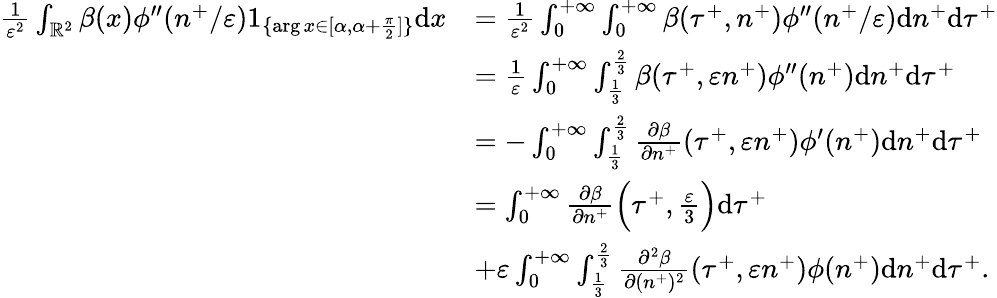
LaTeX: \begin{array}{rl}{\frac{1}{\varepsilon^{2}}\int_{\mathbb{R}^{2}}\beta(x)\phi^{\prime\prime}(n^{+}/\varepsilon)1_{\{ \arg x\in[\alpha,\alpha+\frac{\pi}{2}]\} }\textrm{d}x}&{=\frac{1}{\varepsilon^{2}}\int_{0}^{+\infty}\int_{0}^{+\infty}\beta(\tau^{+},n^{+})\phi^{\prime\prime}(n^{+}/\varepsilon)\textrm{d}n^{+}\textrm{d}\tau^{+}}\\ &{=\frac{1}{\varepsilon}\int_{0}^{+\infty}\int_{\frac{1}{3}}^{\frac{2}{3}}\beta(\tau^{+},\varepsilon n^{+})\phi^{\prime\prime}(n^{+})\textrm{d}n^{+}\textrm{d}\tau^{+}}\\ &{=-\int_{0}^{+\infty}\int_{\frac{1}{3}}^{\frac{2}{3}}\frac{\partial\beta}{\partial n^{+}}(\tau^{+},\varepsilon n^{+})\phi^{\prime}(n^{+})\textrm{d}n^{+}\textrm{d}\tau^{+}}\\ &{=\int_{0}^{+\infty}\frac{\partial\beta}{\partial n^{+}}\Big(\tau^{+},\frac{\varepsilon}{3}\Big)\textrm{d}\tau^{+}}\\ &{+\varepsilon\int_{0}^{+\infty}\int_{\frac{1}{3}}^{\frac{2}{3}}\frac{\partial^{2}\beta}{\partial(n^{+})^{2}}(\tau^{+},\varepsilon n^{+})\phi(n^{+})\textrm{d}n^{+}\textrm{d}\tau^{+}.}\end{array}